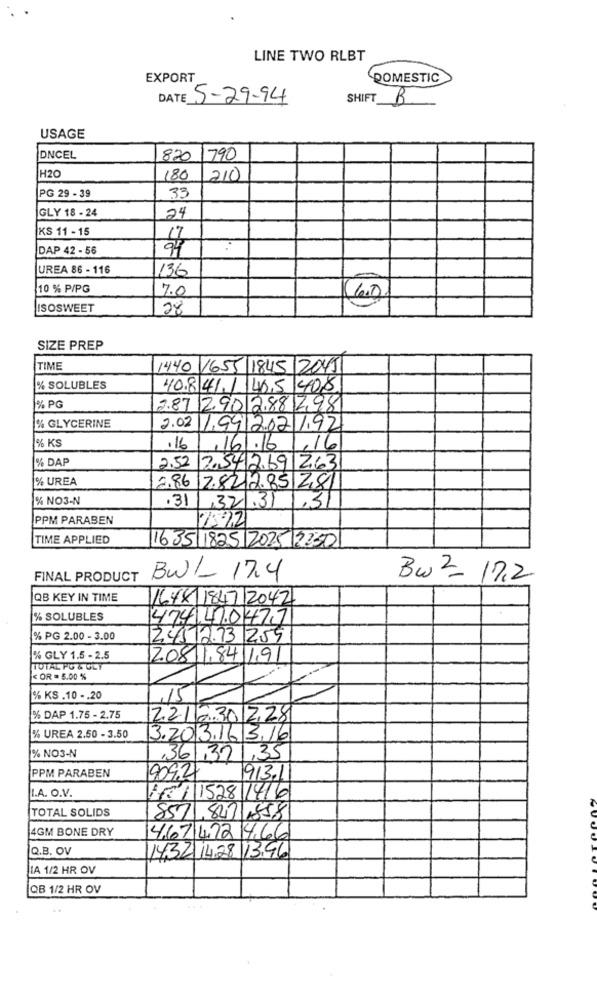
LINE TWO RLBT
EXPORT
ROMESTIC
E 5-29-94
SHIFT B
USAGE
DNCEL
820
1790
H20
180
210
PG 29 - 39
33
GLY 18 - 24
24
KS 11 - 15
DAP 42 - 56
94
UREA 86 - 116
1136
10 % P/PG
7.0
ISOSWEET
28
SIZE PREP
TIME
1440 1655 1845 2049
% SOLUBLES
40.8 41 / 465 408
% PG
2.87 2901288298
% GLYCERINE
2.02 1.9912.02 1.92
% KS
.16
16/./6/16
% DAP
2.52
254 269 263
% UREA
2.86 2.8212.85 2,81
% NO3-N
.31
32.31
1.31
PPM PARABEN
7592
TIME APPLIED
1635 1825 2025 23:50
FINAL PRODUCT
Bwl- 17.4
Bw 2- 17,2
QB KEY IN TIME
1648 1847 2042
% SOLUBLES
474 41047,7
% PG 2.00 - 3.00
24512.73 255
% GLY 1.5 - 2.5
208 1,84 1.91
TOTAL PO & GLY
< OR = 5.00 %
% KS .10 -. 20
,15
% DAP 1.75 - 2.75
221 230 228
% UREA 2.50 - 3.50
3.20 3.16 3.16
% NO3-N
361,321,35
PPM PARABEN
1909.2
913.1
I.A. O.V.
7781 1528 1416
TOTAL SOLIDS
857.8431858
4GM BONE DRY
4.67 472 4.66
Q.B. OV
1432 1428 1396
LA 1/2 HR OV
QB 1/2 HR OV